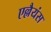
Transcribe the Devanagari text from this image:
एल्लैयंस